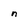
Character: n